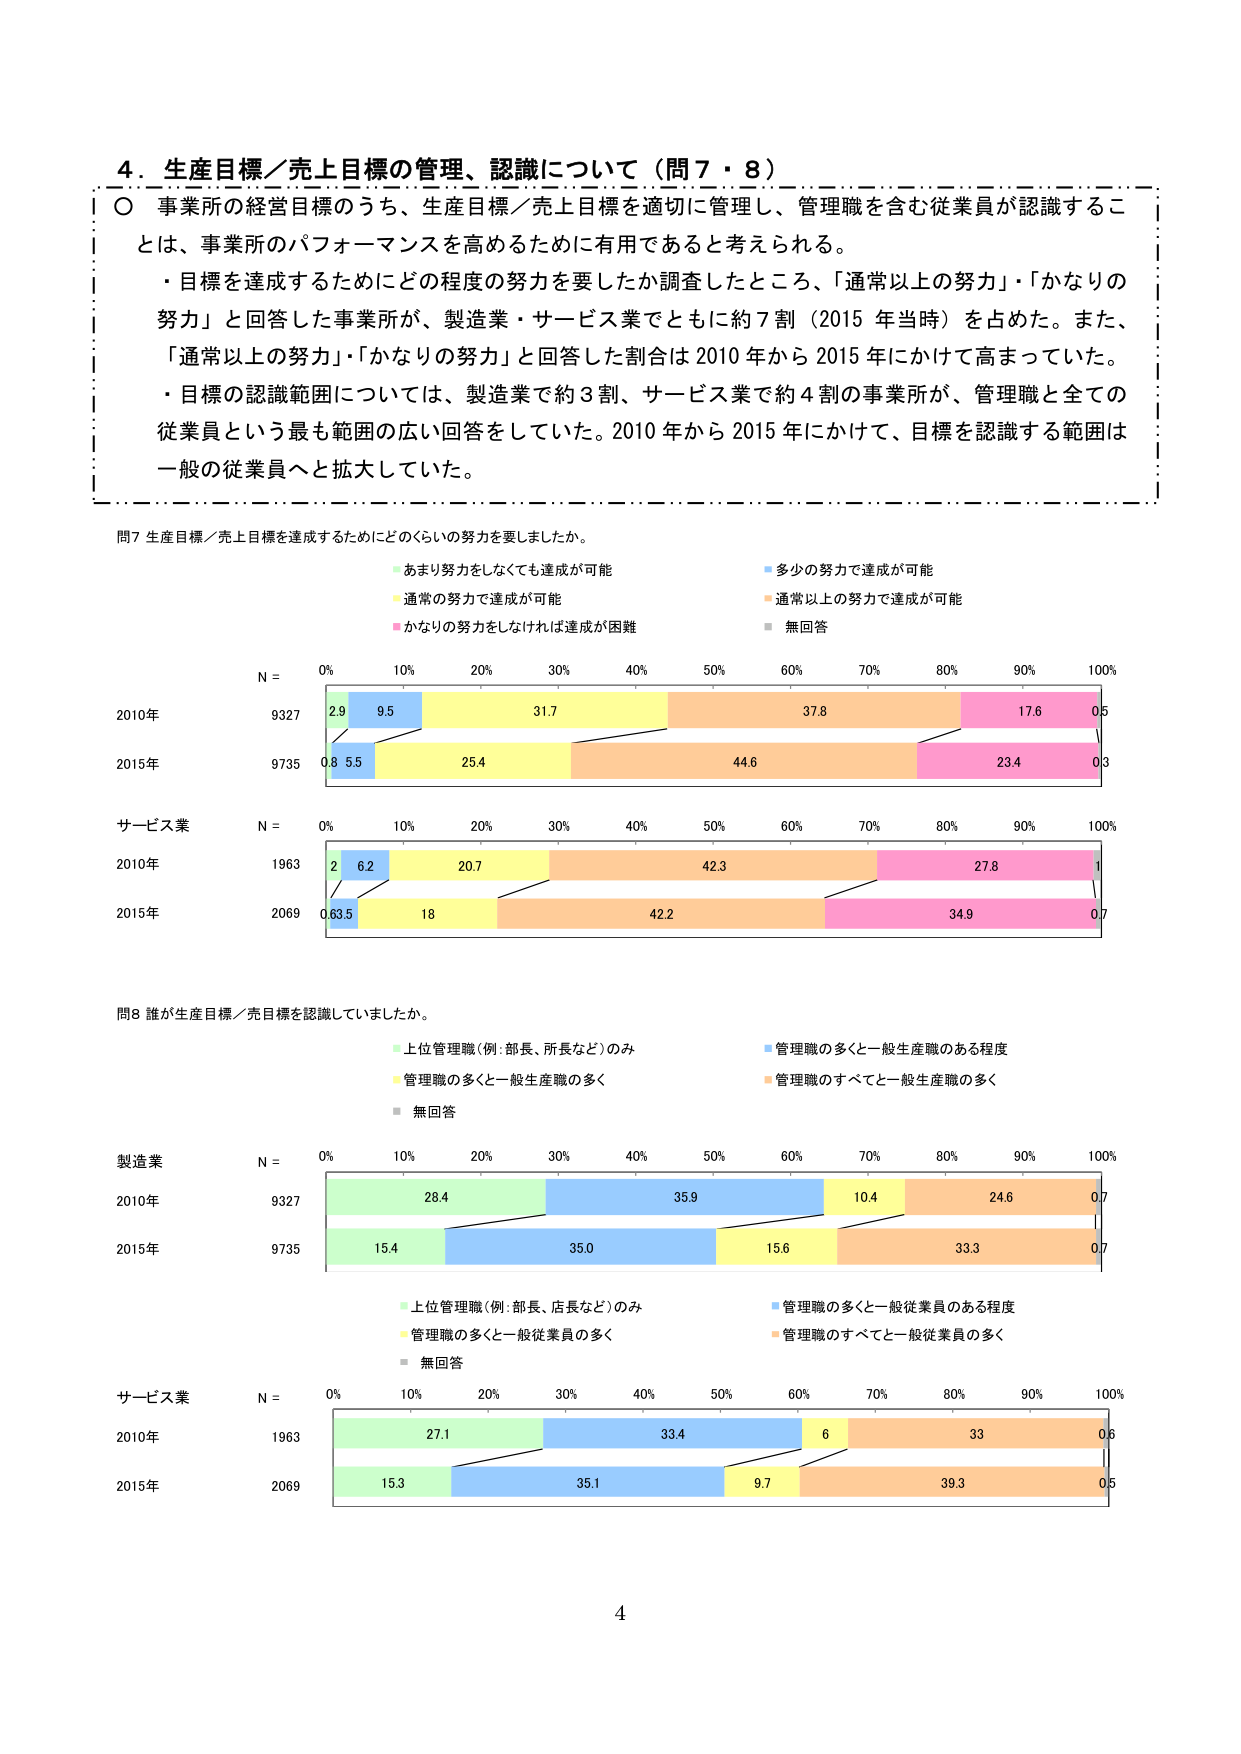
4. 生産目標／売上目標の管理、認識について（問7・8）

〇 事業所の経営目標のうち、生産目標／売上目標を適切に管理し、管理職を含む従業員が認識することは、事業所のパフォーマンスを高めるために有用であると考えられる。

・目標を達成するためにどの程度の努力を要したか調査したところ、「通常以上の努力」「かなりの努力」と回答した事業所が、製造業・サービス業でともに約7割（2015年当時）を占めた。また、「通常以上の努力」「かなりの努力」と回答した割合は2010年から2015年にかけて高まっていた。

・目標の認識範囲については、製造業で約3割、サービス業で約4割の事業所が、管理職と全ての従業員という最も範囲の広い回答をしていた。2010年から2015年にかけて、目標を認識する範囲は一般の従業員へと拡大していた。

問7 生産目標／売上目標を達成するためにどのくらいの努力を要しましたか。

・あまり努力をしなくても達成が可能
・通常の努力で達成が可能
・かなりの努力をしなければ達成が困難
・多少の努力で達成が可能
・通常以上の努力で達成が可能
・無回答

N = 0% 10% 20% 30% 40% 50% 60% 70% 80% 90% 100%
2010年 9327 2.9 9.5 31.7 37.8 17.6 0.5
2015年 9735 0.8 5.5 25.4 44.6 23.4 0.3

サービス業
N = 0% 10% 20% 30% 40% 50% 60% 70% 80% 90% 100%
2010年 1963 2 6.2 20.7 42.3 27.8 1
2015年 2069 0.6 3.5 18 42.2 34.9 0.7

問8 誰が生産目標／売上目標を認識していましたか。

・上位管理職（例：部長、所長など）のみ
・管理職の多くと一般生産職のある程度
・管理職の多くと一般生産職の多く
・管理職のすべてと一般生産職の多く
・無回答

製造業
N = 0% 10% 20% 30% 40% 50% 60% 70% 80% 90% 100%
2010年 9327 28.4 35.9 10.4 24.6 0.7
2015年 9735 15.4 35.0 15.6 33.3 0.7

・上位管理職（例：部長、店長など）のみ
・管理職の多くと一般従業員のある程度
・管理職の多くと一般従業員の多く
・管理職のすべてと一般従業員の多く
・無回答

サービス業
N = 0% 10% 20% 30% 40% 50% 60% 70% 80% 90% 100%
2010年 1963 27.1 33.4 6 33 0.6
2015年 2069 15.3 35.1 9.7 39.3 0.5

4